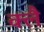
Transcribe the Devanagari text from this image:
क्लै